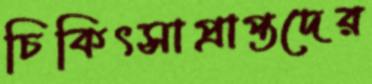
চিকিৎসাপ্রাপ্তদের